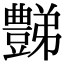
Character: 豑